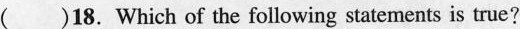
( )18. Which of the following statements is true?